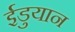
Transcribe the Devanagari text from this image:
ईडुयान